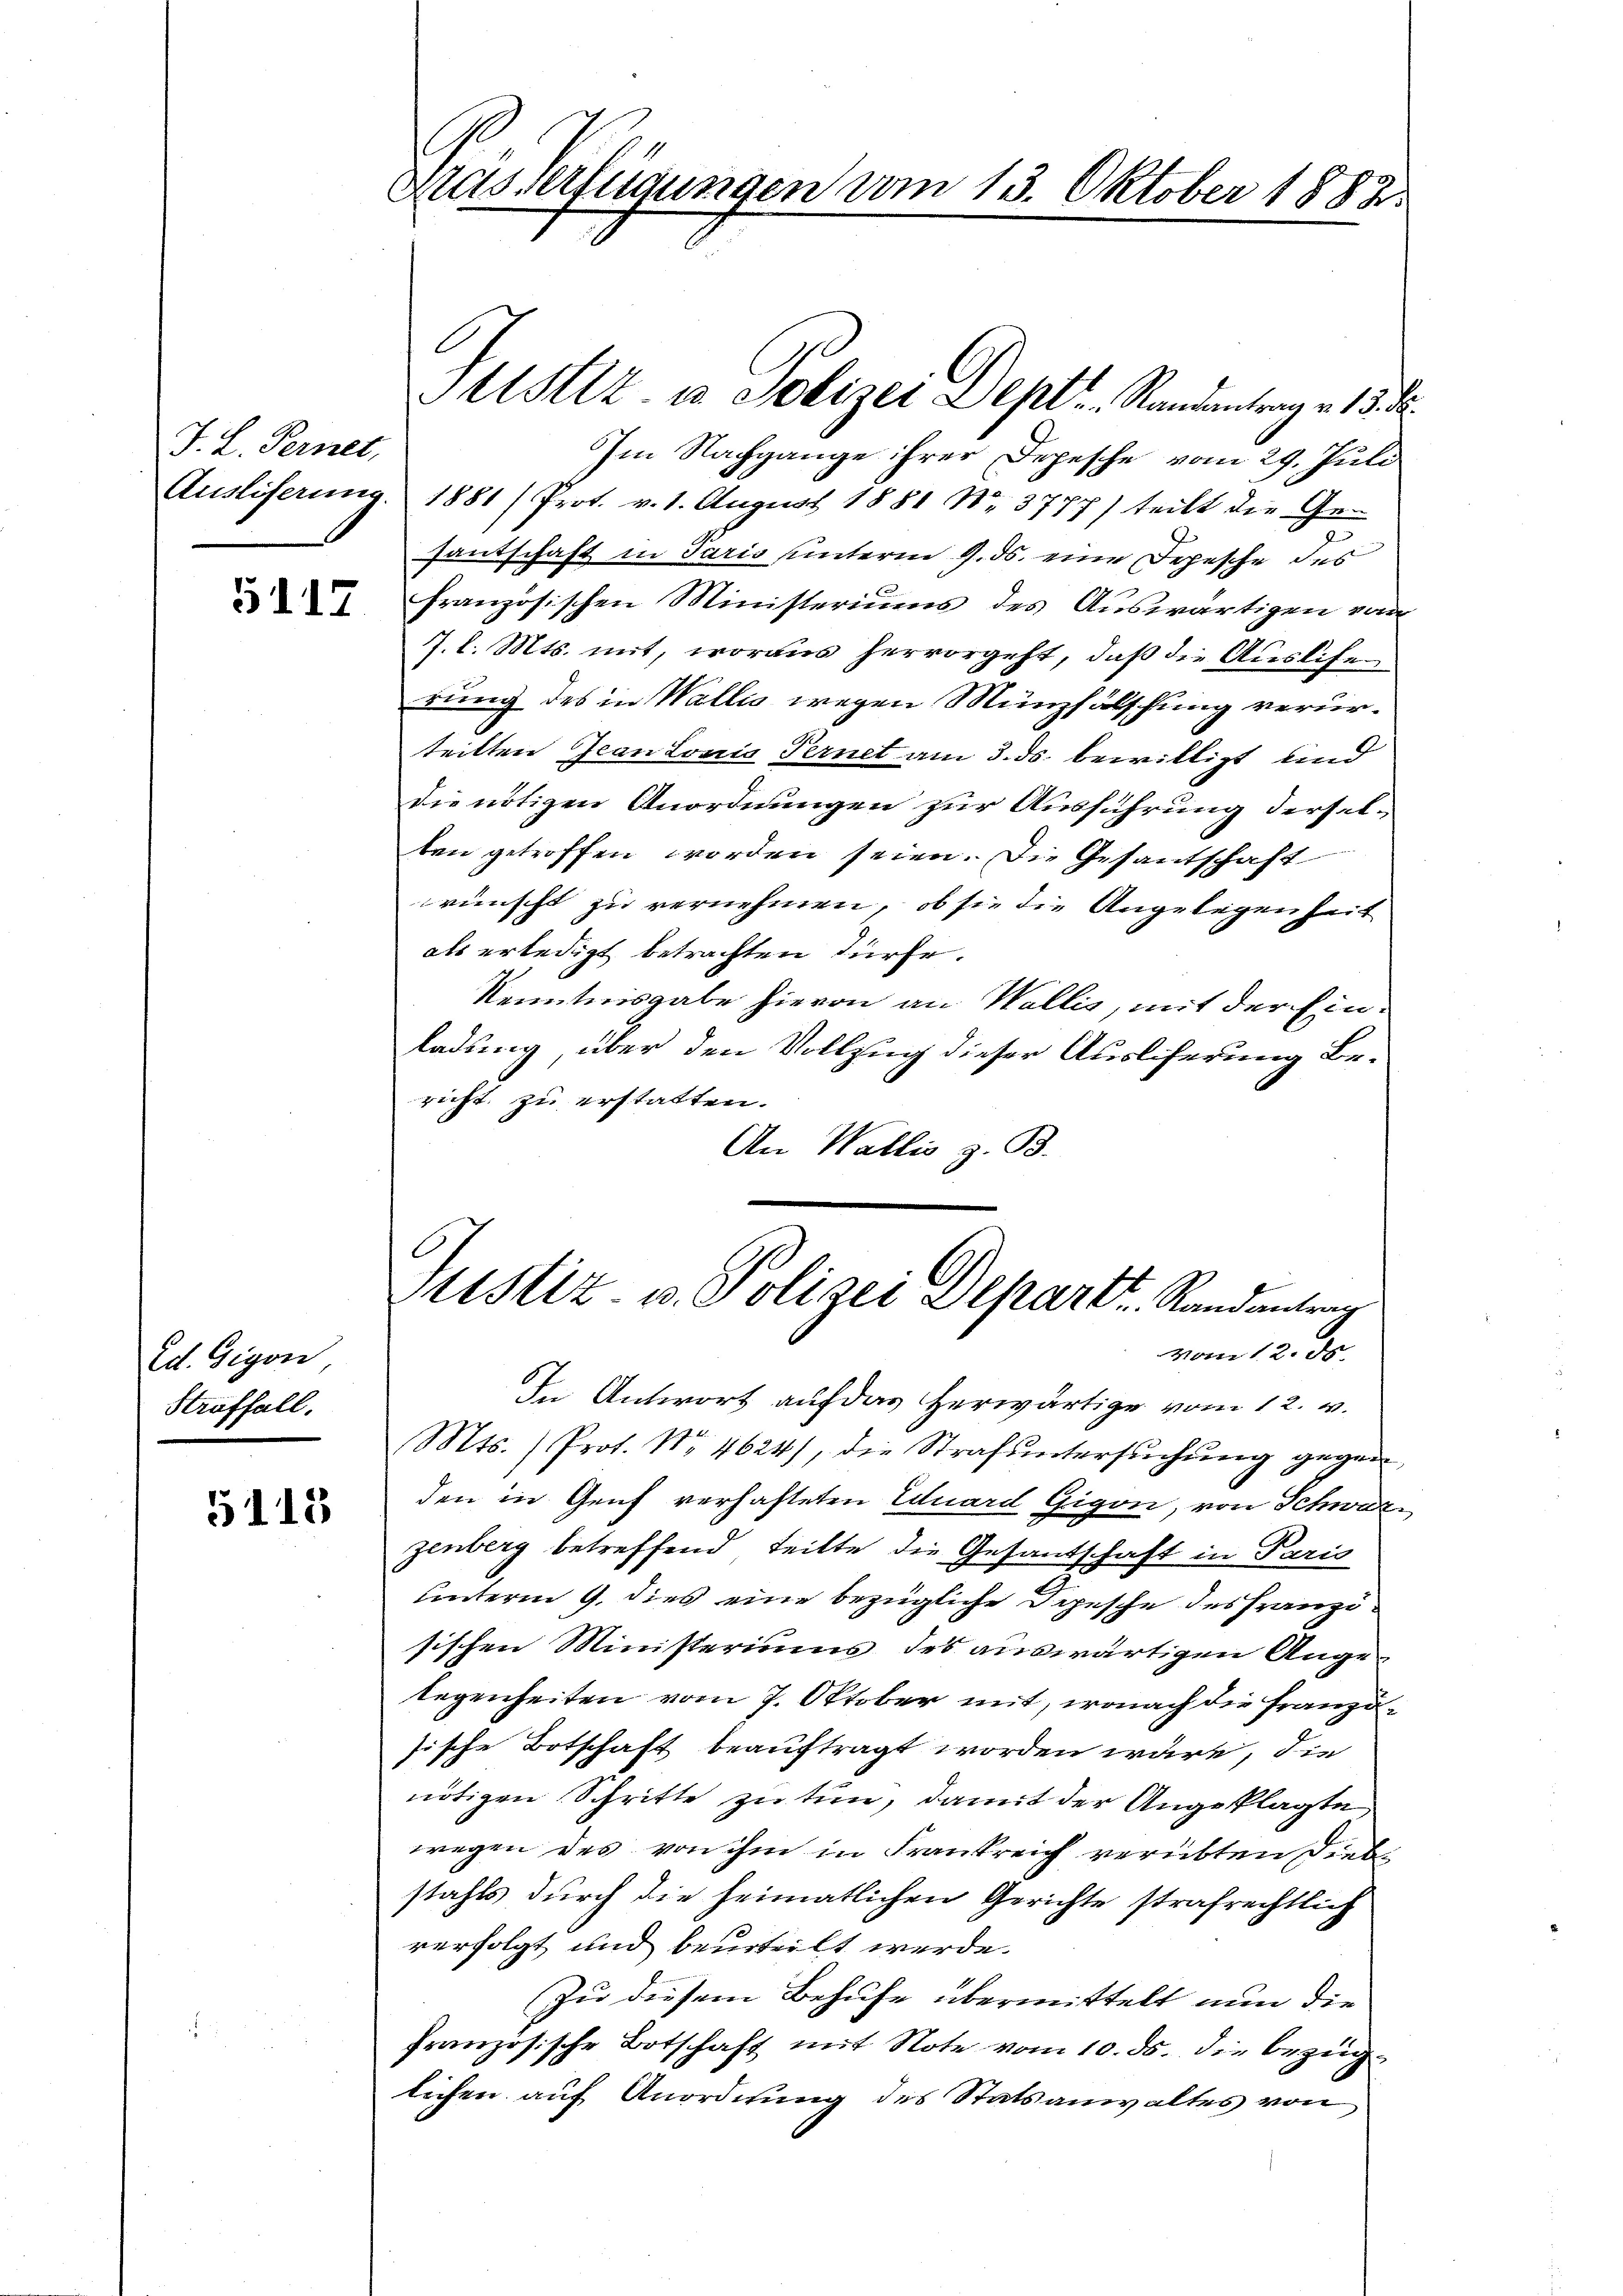
J. L. Fernet,

5117

Ed. Gegen,
Straffall.

5113

Ausverfügungen vom 13. Oktober 1882.

Justiz in Polizei Deptr. Standentrag . 13. 2
Im Nachgange ihrer Depesche vom 29. Juli
Auslieferung 1881/ Prot. v. 1. August 1881 No 3777) teilt die Gee
santschaft in Paris unterm 9. ds. eine Depesche des
französischen Ministeriums des Auswärtigen von
J. l. Mts. mit, woraus hervorgeht, daß die Auslife
rung des in Wallis wegen Münzfälschung verurteilten Jean Lonis Ternet am 3. ds. bewilligt, und
die nötigen Anordnungen zur Ausführung dersel-
ten getroffen worden seien. Die Gesantschaft
wünscht zu vernehmen, ob sie die Angelegenheit
als erledigt betrachten dürfe.
Kenntnisgabe hievon an Wallis, mit der Einladung, über den Vollzug dieser Ausliferung Bericht zu erstatten.
An Wallis z. B.
Sistiz- u. Polizei Depart. Randantrag
vom 12. ds.
In Antwort auf das herwärtige vom 12. v.
Mts. (Prot. No 4624), die Strafuntersuchung gegen
den in Genf verhafteten Eduard Gigon, von Schweiz
zenberg betreffend teilte die Gesantschaft in Paris
unterm 9. dies eine bezügliche Depesche des Franzisischen Ministeriums des auswärtigen Angelegenheiten vom 7. Oktober mit, wonach die Franzusische Botschaft beauftragt worden wäre, die
nötigen Schritte zu tun, damit der Angeklagte
wegen des von ihm in Frankreich verübten Diebstahls durch die heimatlichen Gerichte strafrechtlich
verfolgt und beurteilt werde.
Zu diesem Behufe übermittelt nun die
französische Botschaft mit Note vom 10. ds. die bezüglichen auf Anordnung des Statsanwaltes von